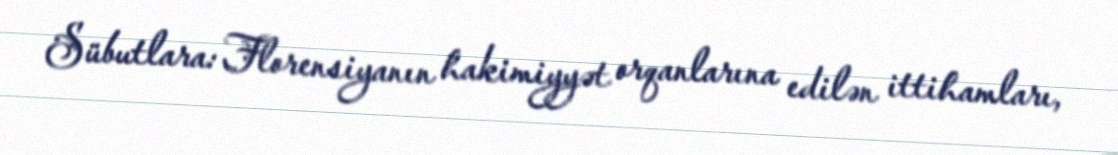
Sübutlara: Florensiyanın hakimiyyət orqanlarına edilən ittihamları,